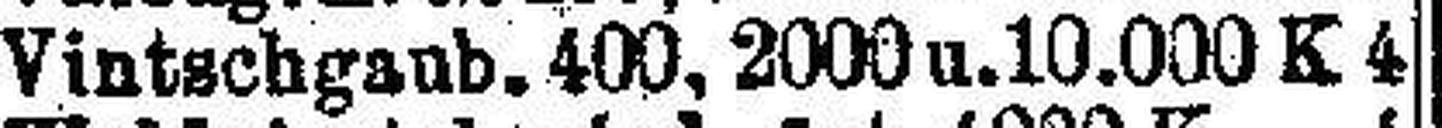
Vintschgaub. 400. 2000 u. 10.000 K 4